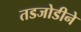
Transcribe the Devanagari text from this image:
तडजोडीने